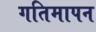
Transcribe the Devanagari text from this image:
गतिमापन